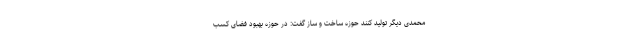
محمدی دیگر تولید کنند حوزه ساخت و ساز گفت: در حوزه بهبود فضای کسب